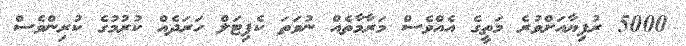
5000 ރުފިޔާއަށްވުރެ މަތީގެ އެއްވެސް މަރާމާތެއް ނުވަތަ ކެޕިޓަލް ހަރަދެއް ކުރުމުގެ ކުރިންވެސް